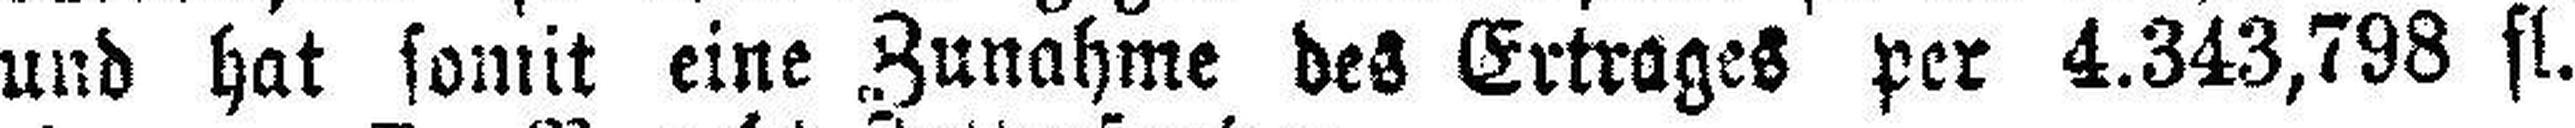
und hat somit eine Zunahme des Ertrages per 4.343,798 fl.